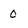
Character: 0